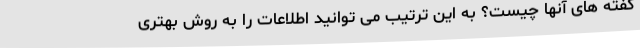
گفته های آنها چیست؟ به این ترتیب می توانید اطلاعات را به روش بهتری